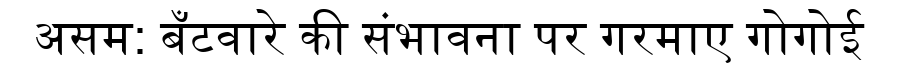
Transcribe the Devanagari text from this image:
असम: बँटवारे की संभावना पर गरमाए गोगोई